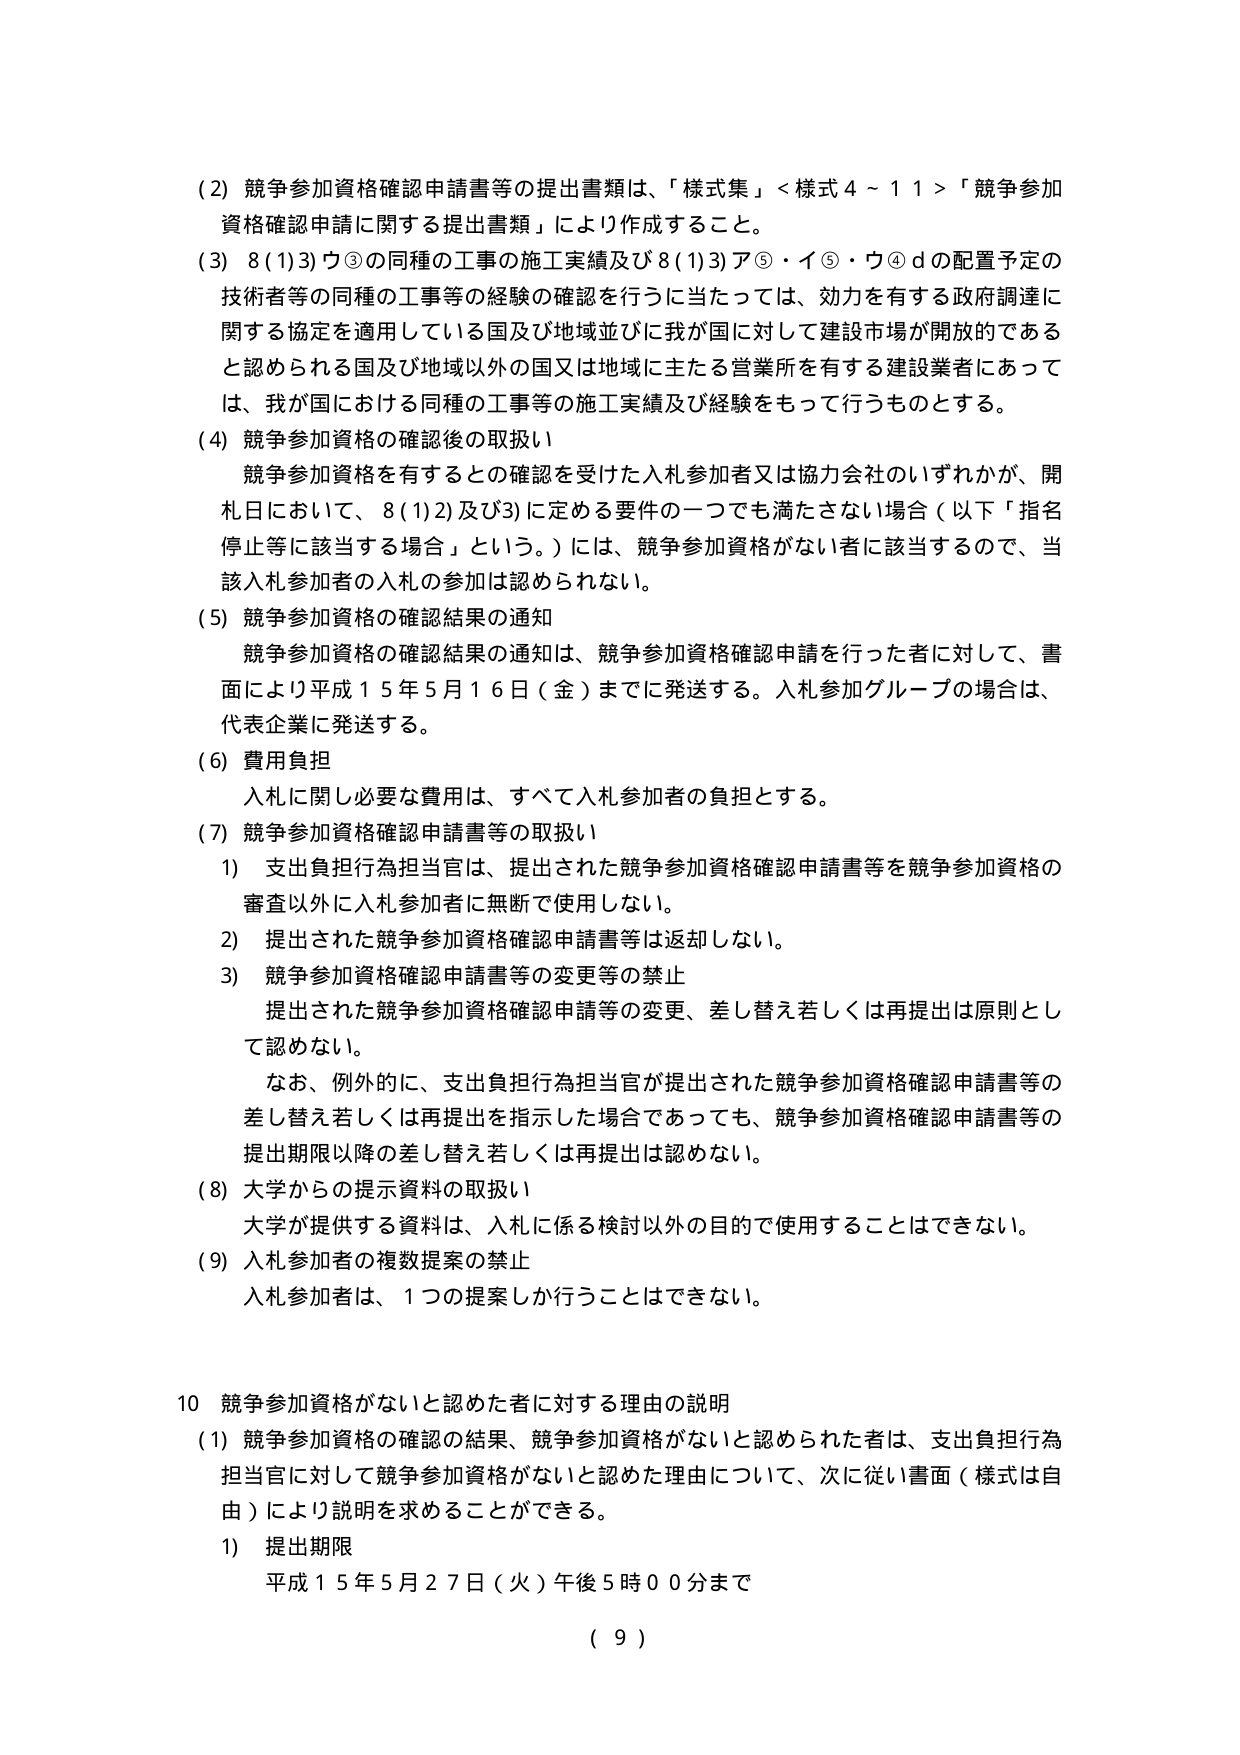
(2) 競争参加資格確認申請書等の提出書類は、「様式集」<様式4～11>「競争参加資格確認申請に関する提出書類」により作成すること。

(3) 8(1)3) ウ③の同種の工事の施工実績及び8(1)3) ア⑤・イ⑤・ウ④dの配置予定の技術者等の同種の工事等の経験の確認を行うに当たっては、効力を有する政府調達に関する協定を適用している国及び地域並びに我が国に対して建設市場が開放的であると認められる国及び地域以外の国又は地域に主たる営業所を有する建設業者にあっては、我が国における同種の工事等の施工実績及び経験をもって行うものとする。

(4) 競争参加資格の確認後の取扱い
競争参加資格を有するとの確認を受けた入札参加者又は協力会社のいずれかが、開札日において、8(1)2)及び3)に定める要件の一つでも満たさない場合（以下「指名停止等に該当する場合」という。）には、競争参加資格がない者に該当するので、当該入札参加者の入札の参加は認められない。

(5) 競争参加資格の確認結果の通知
競争参加資格の確認結果の通知は、競争参加資格確認申請を行った者に対して、書面により平成15年5月16日（金）までに発送する。入札参加グループの場合は、代表企業に発送する。

(6) 費用負担
入札に関し必要な費用は、すべて入札参加者の負担とする。

(7) 競争参加資格確認申請書等の取扱い
1) 支出負担行為担当官は、提出された競争参加資格確認申請書等を競争参加資格の審査以外に入札参加者に無断で使用しない。
2) 提出された競争参加資格確認申請書等は返却しない。
3) 競争参加資格確認申請書等の変更等の禁止
提出された競争参加資格確認申請等の変更、差し替え若しくは再提出は原則として認めない。
なお、例外的に、支出負担行為担当官が提出された競争参加資格確認申請書等の差し替え若しくは再提出を指示した場合であっても、競争参加資格確認申請書等の提出期限以降の差し替え若しくは再提出は認めない。

(8) 大学からの提示資料の取扱い
大学が提供する資料は、入札に係る検討以外の目的で使用することはできない。

(9) 入札参加者の複数提案の禁止
入札参加者は、1つの提案しか行うことはできない。

10 競争参加資格がないと認めた者に対する理由の説明
(1) 競争参加資格の確認の結果、競争参加資格がないと認められた者は、支出負担行為担当官に対して競争参加資格がないと認めた理由について、次に従い書面（様式は自由）により説明を求めることができる。
1) 提出期限
平成15年5月27日（火）午後5時00分まで

( 9 )